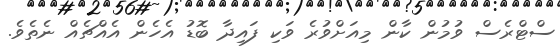
ސްޓްރެސް ވުމުން ކާން މިއަށްވުރެ ވަކި ފައިދާ ބޮޑު އެހެން އެއްޗެއް ނެތެވެ.